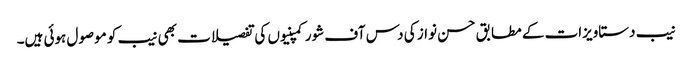
نیب دستاویزات کے مطابق حسن نواز کی دس آف شور کمپنیوں کی تفصیلات بھی نیب کو موصول ہوئی ہیں۔